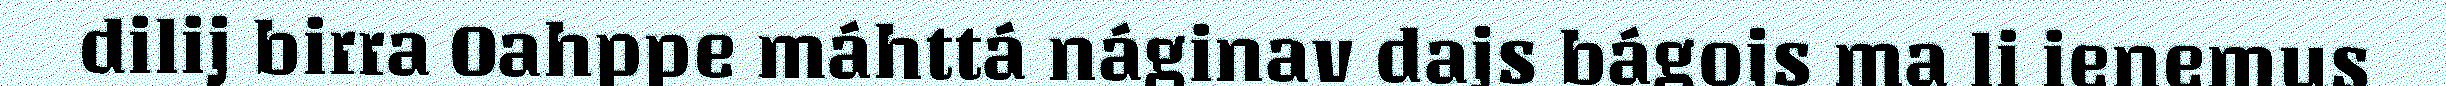
dilij birra Oahppe máhttá náginav dajs bágojs ma li ienemus